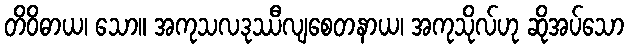
တိဝိဓာယ၊ သော။ အကုသလဒုဿီလျစေတနာယ၊ အကုသိုလ်ဟု ဆိုအပ်သော